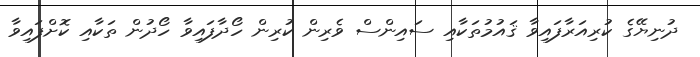
ދުނިޔޭގެ ކުރިއަރާފައިވާ ޤައުމުތަކާއި ސައިންސް ވެރިން ކުރިން ހޯދާފައިވާ ހޯދުން ތަކާއި ކޮށްފައިވާ